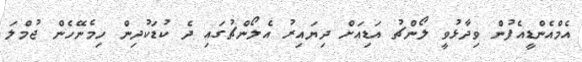
އެމްއެންޑީއެފުން ވިދާޅުވީ ލޯންޗު އަޑިއަށް ދިޔައިރު އެލޯންޗުގައި ދެ ކުޑަކުދިން ހިމެނޭހެން ޖުމްލަ